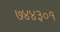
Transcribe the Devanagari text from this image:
७४४३०१